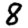
Digit: 8